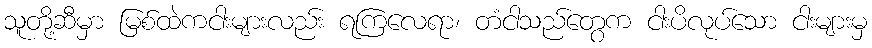
သူတို့ဆီမှာ မြစ်ထဲကငါးများလည်း ရကြလေရာ၊ တံငါသည်တွေက ငါးပိလုပ်သော ငါးများမှ